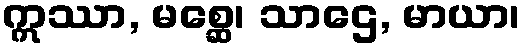
ဣဿာ, မစ္ဆေ၊ သာဌေ, မာယာ၊